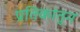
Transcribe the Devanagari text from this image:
प्रतिकांतुन